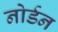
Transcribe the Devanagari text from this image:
नोर्डन